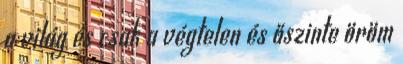
a világ és csak a végtelen és őszinte öröm